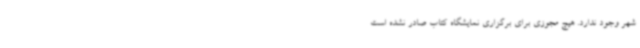
شهر وجود ندارد. هیچ مجوزی برای برگزاری نمایشگاه کتاب صادر نشده است